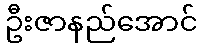
ဦးဇာနည်အောင်